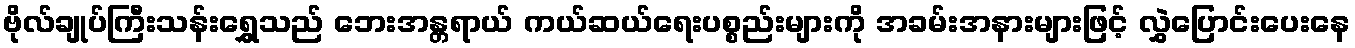
ဗိုလ်ချုပ်ကြီးသန်းရွှေသည် ဘေးအန္တရာယ် ကယ်ဆယ်ရေးပစ္စည်းများကို အခမ်းအနားများဖြင့် လွှဲပြောင်းပေးနေ